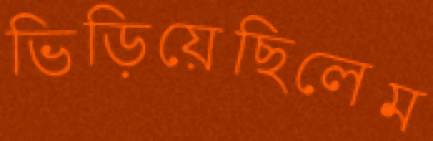
ভিড়িয়েছিলেম